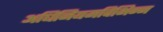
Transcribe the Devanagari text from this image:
अधिनियमविभिन्न